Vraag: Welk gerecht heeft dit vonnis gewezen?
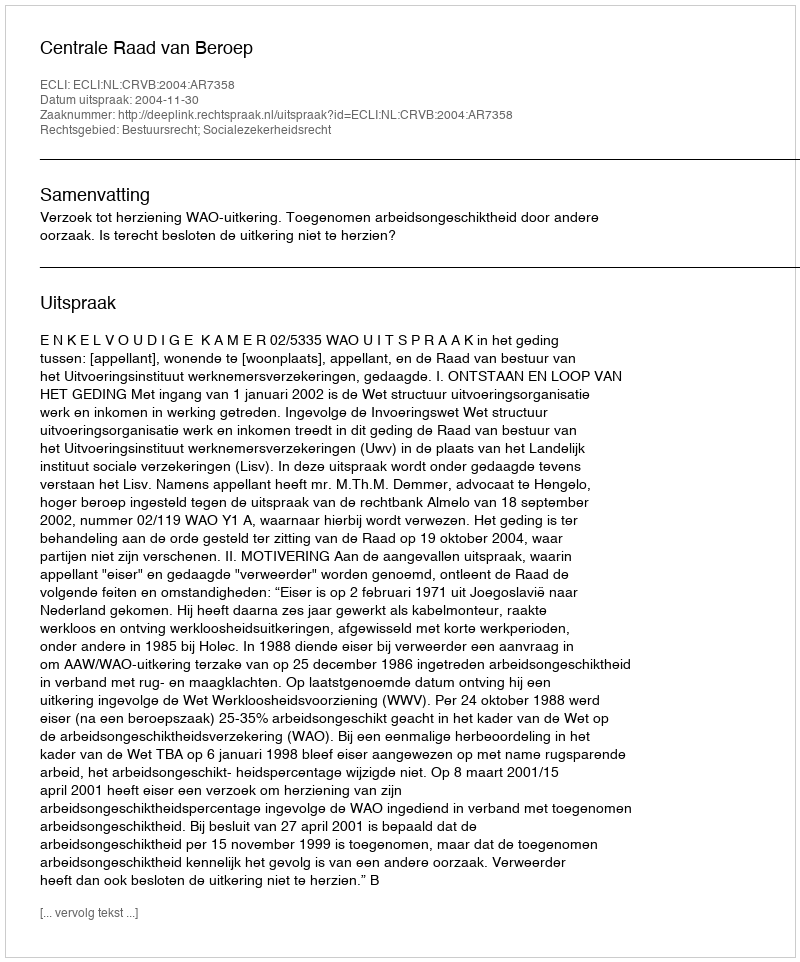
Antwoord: Centrale Raad van Beroep